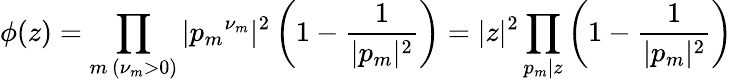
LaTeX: \phi(z)=\prod_{m\, (\nu_{m}>0)}|{p_{m}}^{\nu_{m}}|^{2}\left(1-{\frac{1}{|p_{m}|^{2}}}\right)=|z|^{2}\prod_{p_{m}|z}\left(1-{\frac{1}{|p_{m}|^{2}}}\right)